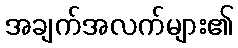
အချက်အလက်များ၏